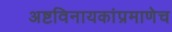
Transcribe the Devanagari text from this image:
अष्टविनायकांप्रमाणेच